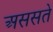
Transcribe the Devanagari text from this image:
अससते